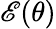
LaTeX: \mathscr{E}(\theta)